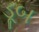
ડૂબ